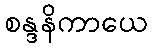
စန္ဒနိကာယေ